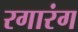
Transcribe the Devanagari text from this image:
रगारंग